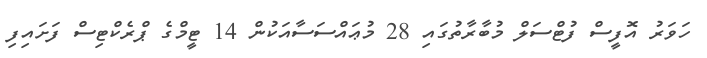
ހަވަރު އޮފީސް ފުޓްސަލް މުބާރާތުގައި 28 މުޢައްސަސާއަކުން 14 ޓީމްގެ ޕްރެކްޓިސް ފަށައިފި